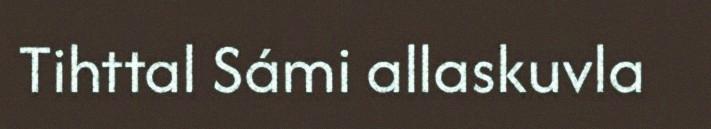
Tihttal Sámi allaskuvla